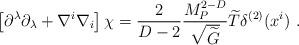
LaTeX: \begin{align*}\left[\partial^\lambda\partial_\lambda+\nabla^i\nabla_i\right]\chi= {2\over{D-2}}{M_P^{2-D}\over \sqrt{\widetilde G}}{\widetilde T}\delta^{(2)}(x^i)~.\end{align*}